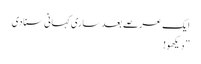
ایک عرصے بعد ساری کہانی سنادی
” دیکھو!